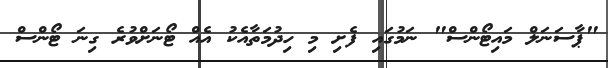
"ޕާސަނަލް މައިޓޯންސް" ނަމުގައި ފެށި މި ހިދުމަތާއެކު އެއް ޓޯނަށްވުރެ ގިނަ ޓޯންސް